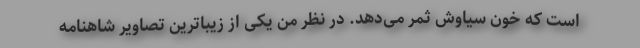
است که خون سیاوش ثمر می‌دهد. در نظر من یکی از زیباترین تصاویر شاهنامه